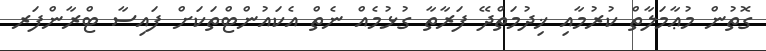
ގޮތުން މުޢާމަލާތް ކުރުމާއި ޚިދުމަތްދޭ ފަރާތާ ގުޅުމެއް ނެތް އެކައުންޓްތަކަށް ފައިސާ ޓްރާންފަރ